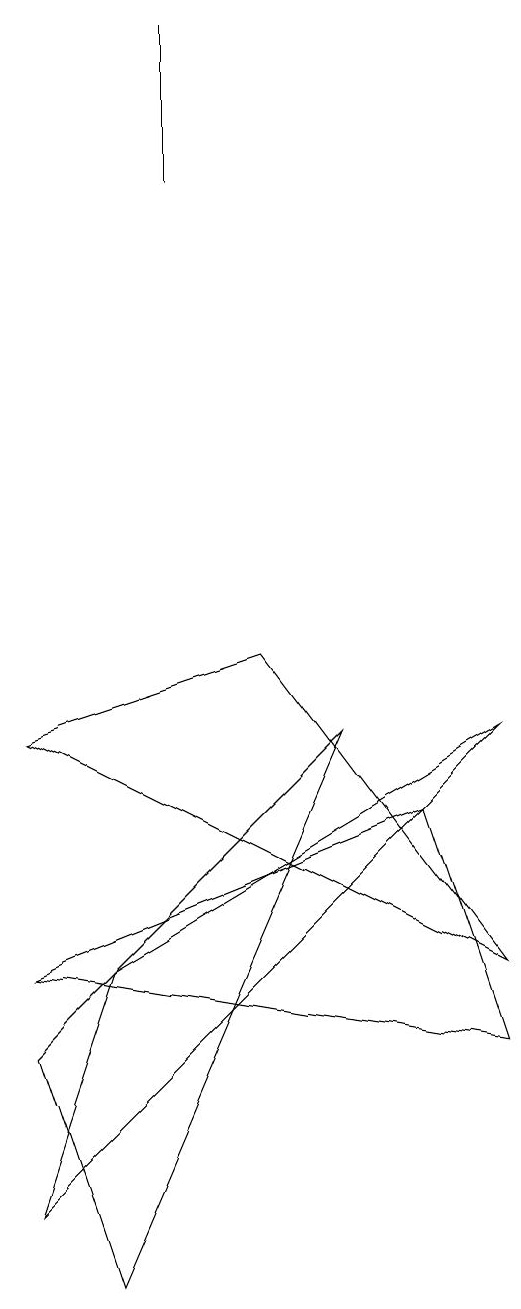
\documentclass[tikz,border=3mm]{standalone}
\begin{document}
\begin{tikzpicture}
\draw (1,7) -- (4,8) -- (7,4) -- cycle;
\draw (2,4) -- (1,1) -- (7,7) -- cycle;
\draw (1,4) -- (7,3) -- (6,6) -- cycle;
\draw (3,16) rectangle (3,14);
\draw (1,3) -- (2,0) -- (5,7) -- cycle;
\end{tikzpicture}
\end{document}